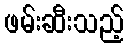
ဖမ်းဆီးသည့်